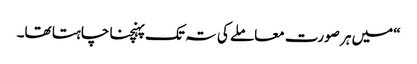
“میں ہر صورت معاملے کی تہ تک پہنچنا چاہتا تھا۔